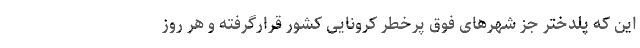
این که پلدختر جز شهرهای فوق پرخطر کرونایی کشور قرارگرفته و هر روز